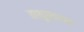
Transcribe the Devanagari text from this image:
मथुरास्थ